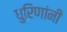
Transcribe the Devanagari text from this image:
धुरिणांनी